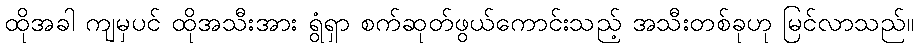
ထိုအခါ ကျမှပင် ထိုအသီးအား ရွံရှာ စက်ဆုတ်ဖွယ်ကောင်းသည့် အသီးတစ်ခုဟု မြင်လာသည်။